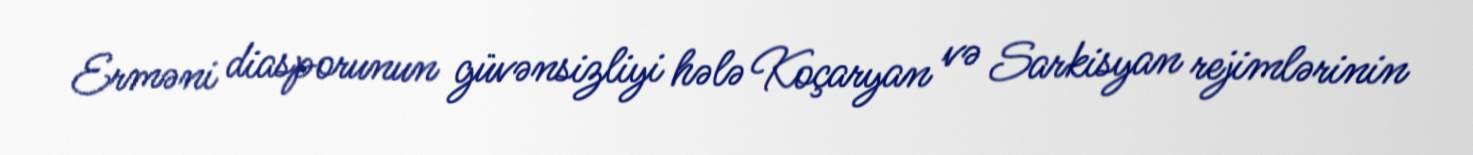
Erməni diasporunun güvənsizliyi hələ Koçaryan və Sarkisyan rejimlərinin